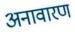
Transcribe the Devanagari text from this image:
अनावारण